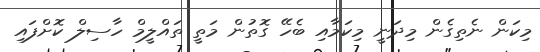
މިކަން ނެތިގެން މިދަނީ މިކަމާއި ބެހޭ ގޮތުން މަތީ ތައްލީމް ހާސިލް ކޮށްފައި